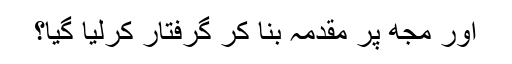
اور مجھ پر مقدمہ بنا کر گرفتار کرلیا گیا؟